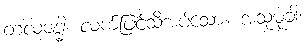
တလဗဒ္ဓါ၊ လက်ဖြင့်သီအပ်သော။ အသုမုခါ၊